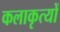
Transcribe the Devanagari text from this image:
कलाकृत्यों